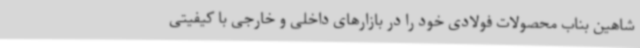
شاهین بناب محصولات فولادی خود را در بازارهای داخلی و خارجی با کیفیتی